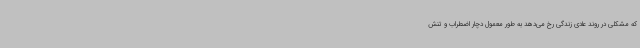
که مشکلی در روند عادی زندگی رخ می‌دهد به طور معمول دچار اضطراب و تنش